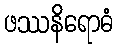
ဖဿနိရောဓံ